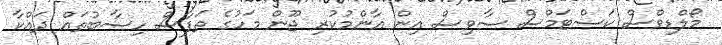
މޯލްޑިވްސް ކަސްޓަމްސް ސާވިސް އިން އާންމުކުރި ޖޫން މަހުގެ ތަފާސް ހިސާބުތައް ދައްކާ